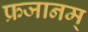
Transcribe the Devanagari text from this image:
फ्रजानम्